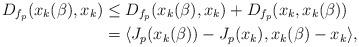
LaTeX: \begin{align*} D_{f_p} (x_k (\beta), x_k) & \leq D_{f_p}(x_k(\beta), x_k) + D_{f_p}(x_k, x_k(\beta))\\ & = \langle J_p (x_k(\beta))-J_p (x_k),x_k (\beta)-x_k \rangle, \end{align*}